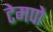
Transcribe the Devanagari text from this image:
टेमपो